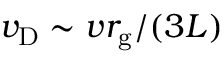
v _ { \mathrm { D } } \sim v r _ { \mathrm { g } } / ( 3 L )